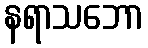
နရာသဘော